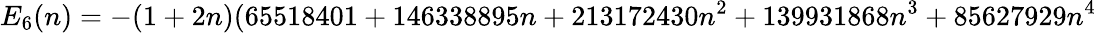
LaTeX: E_{6}(n)=-(1+2n)(65518401+146338895n+213172430n^{2}+139931868n^{3}+85627929n^{4}